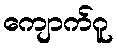
ကျောက်ဂူ